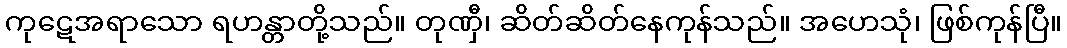
ကုဋေအရာသော ရဟန္တာတို့သည်။ တုဏှီ၊ ဆိတ်ဆိတ်နေကုန်သည်။ အဟေသုံ၊ ဖြစ်ကုန်ပြီ။